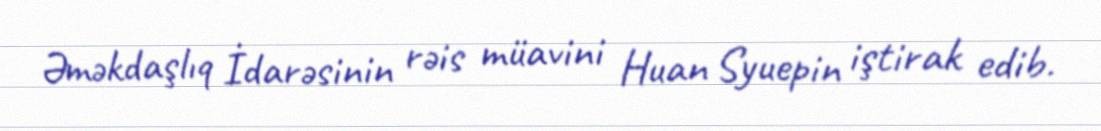
Əməkdaşlıq İdarəsinin rəis müavini Huan Syuepin iştirak edib.